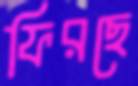
ফিরছে